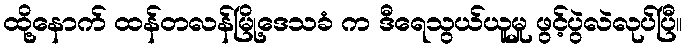
ထို့နောက် ထန်တလန်မြို့ဒေသခံ က ဒီရေသွယ်ယူမှု ဖွင့်ပွဲလဲလုပ်ပြီ။